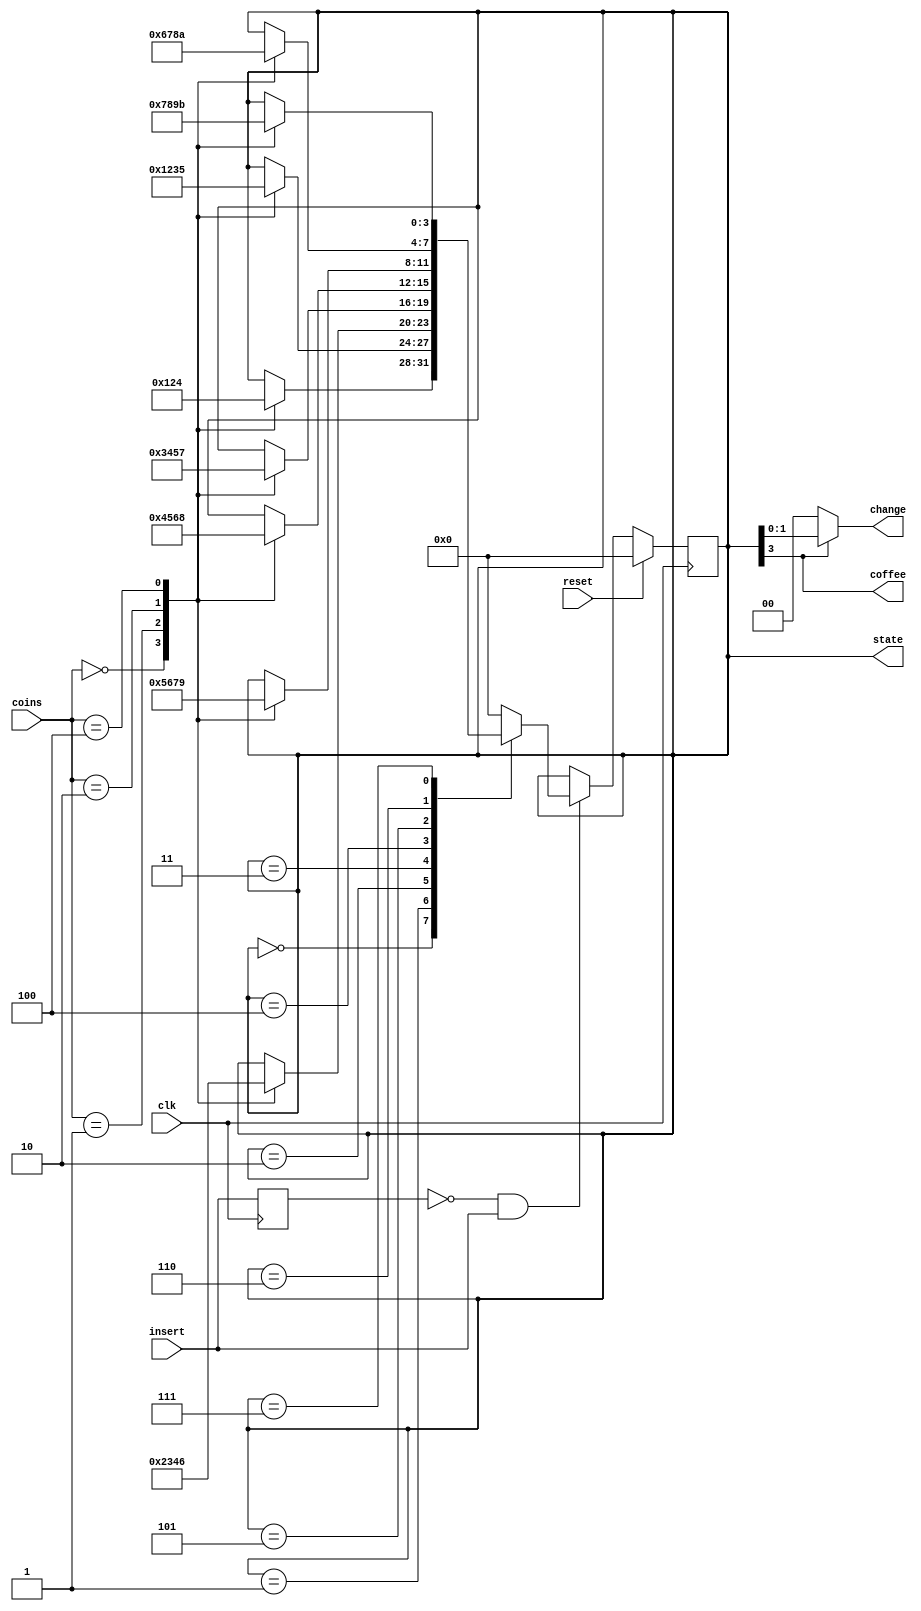
module coffee_moore_fsm(clk, insert, reset, coins, coffee, state, change);
    /** Implementation of a Moore FSM for a Coffee Machine
     *
     * The machine accepts coins of 5, 10 and 20 cents. A total of 40
     * cents is required for the machine to brew a coffee. The machine
     * returns change in the `change` output.
    */
    input clk;
    input reset;
    input insert; // Coins input sampled at posedge insert
    input[2:0] coins;
    output coffee;
    output[3:0] state; // 12 possible states
    output[1:0] change;

    parameter S_0C = 4'b0000;
    parameter S_5C = 4'b0001;
    parameter S_10C = 4'b0010;
    parameter S_15C = 4'b0011;
    parameter S_20C = 4'b0100;
    parameter S_25C = 4'b0101;
    parameter S_30C = 4'b0110;
    parameter S_35C = 4'b0111;
    parameter S_40C = 4'b1000;
    parameter S_45C = 4'b1001; // 5c coin change
    parameter S_50C = 4'b1010; // 10c coin change
    parameter S_55C = 4'b1011; // 5c and 10c coin change
    
    parameter I_0C = 3'b000;
    parameter I_5C = 3'b001; // Only one coin can be inserted at a time
    parameter I_10C = 3'b010;
    parameter I_20C = 3'b100;

    reg[3:0] curr_state, next_state;
    reg insert_state;
    
    always @(*) begin // Combinational Logic
        case(curr_state)
            S_0C: case(coins)
                I_0C: next_state = S_0C;
                I_5C: next_state = S_5C;
                I_10C: next_state = S_10C;
                I_20C: next_state = S_20C;
                default: next_state = curr_state;
                endcase
            S_5C: case(coins)
                I_0C: next_state = S_5C;
                I_5C: next_state = S_10C;
                I_10C: next_state = S_15C;
                I_20C: next_state = S_25C;
                default: next_state = curr_state;
                endcase
            S_10C: case(coins)
                I_0C: next_state = S_10C;
                I_5C: next_state = S_15C;
                I_10C: next_state = S_20C;
                I_20C: next_state = S_30C;
                default: next_state = curr_state;
                endcase
            S_15C: case(coins)
                I_0C: next_state = S_15C;
                I_5C: next_state = S_20C;
                I_10C: next_state = S_25C;
                I_20C: next_state = S_35C;
                default: next_state = curr_state;
                endcase
            S_20C: case(coins)
                I_0C: next_state = S_20C;
                I_5C: next_state = S_25C;
                I_10C: next_state = S_30C;
                I_20C: next_state = S_40C;
                default: next_state = curr_state;
                endcase
            S_25C: case(coins)
                I_0C: next_state = S_25C;
                I_5C: next_state = S_30C;
                I_10C: next_state = S_35C;
                I_20C: next_state = S_45C;
                default: next_state = curr_state;
                endcase
            S_30C: case(coins)
                I_0C: next_state = S_30C;
                I_5C: next_state = S_35C;
                I_10C: next_state = S_40C;
                I_20C: next_state = S_50C;
                default: next_state = curr_state;
                endcase
            S_35C: case(coins)
                I_0C: next_state = S_35C;
                I_5C: next_state = S_40C;
                I_10C: next_state = S_45C;
                I_20C: next_state = S_55C;
                default: next_state = curr_state;
                endcase
            S_40C: next_state = S_0C;
            S_45C: next_state = S_0C;
            S_50C: next_state = S_0C;
            S_55C: next_state = S_0C;
            default: next_state = S_0C;
        endcase    
    end
    
    
    always @(posedge clk) begin // Sequential Logic
        if (reset) begin
            curr_state = S_0C;
            insert_state = 1'b0;
        end else if (!insert_state && insert) begin // posedge
            curr_state = next_state;
        end
        insert_state = insert;
    end

    assign state = curr_state;
    assign coffee = curr_state[3];
    assign change = coffee ? curr_state[2:0] : 3'b000;

endmodule